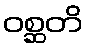
ဝစ္ဆတိ